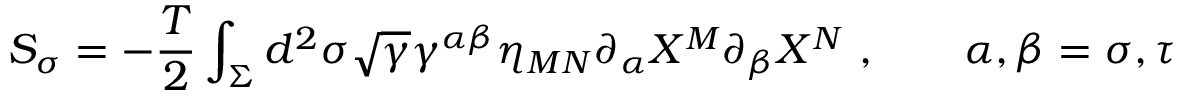
{ \cal S } _ { \sigma } = - \frac { { \cal T } } { 2 } \int _ { \Sigma } d ^ { 2 } \sigma \sqrt { \gamma } \gamma ^ { \alpha \beta } \eta _ { M N } \partial _ { \alpha } X ^ { M } \partial _ { \beta } X ^ { N } ~ , \qquad \alpha , \beta = \sigma , \tau